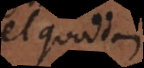
vel quoddam